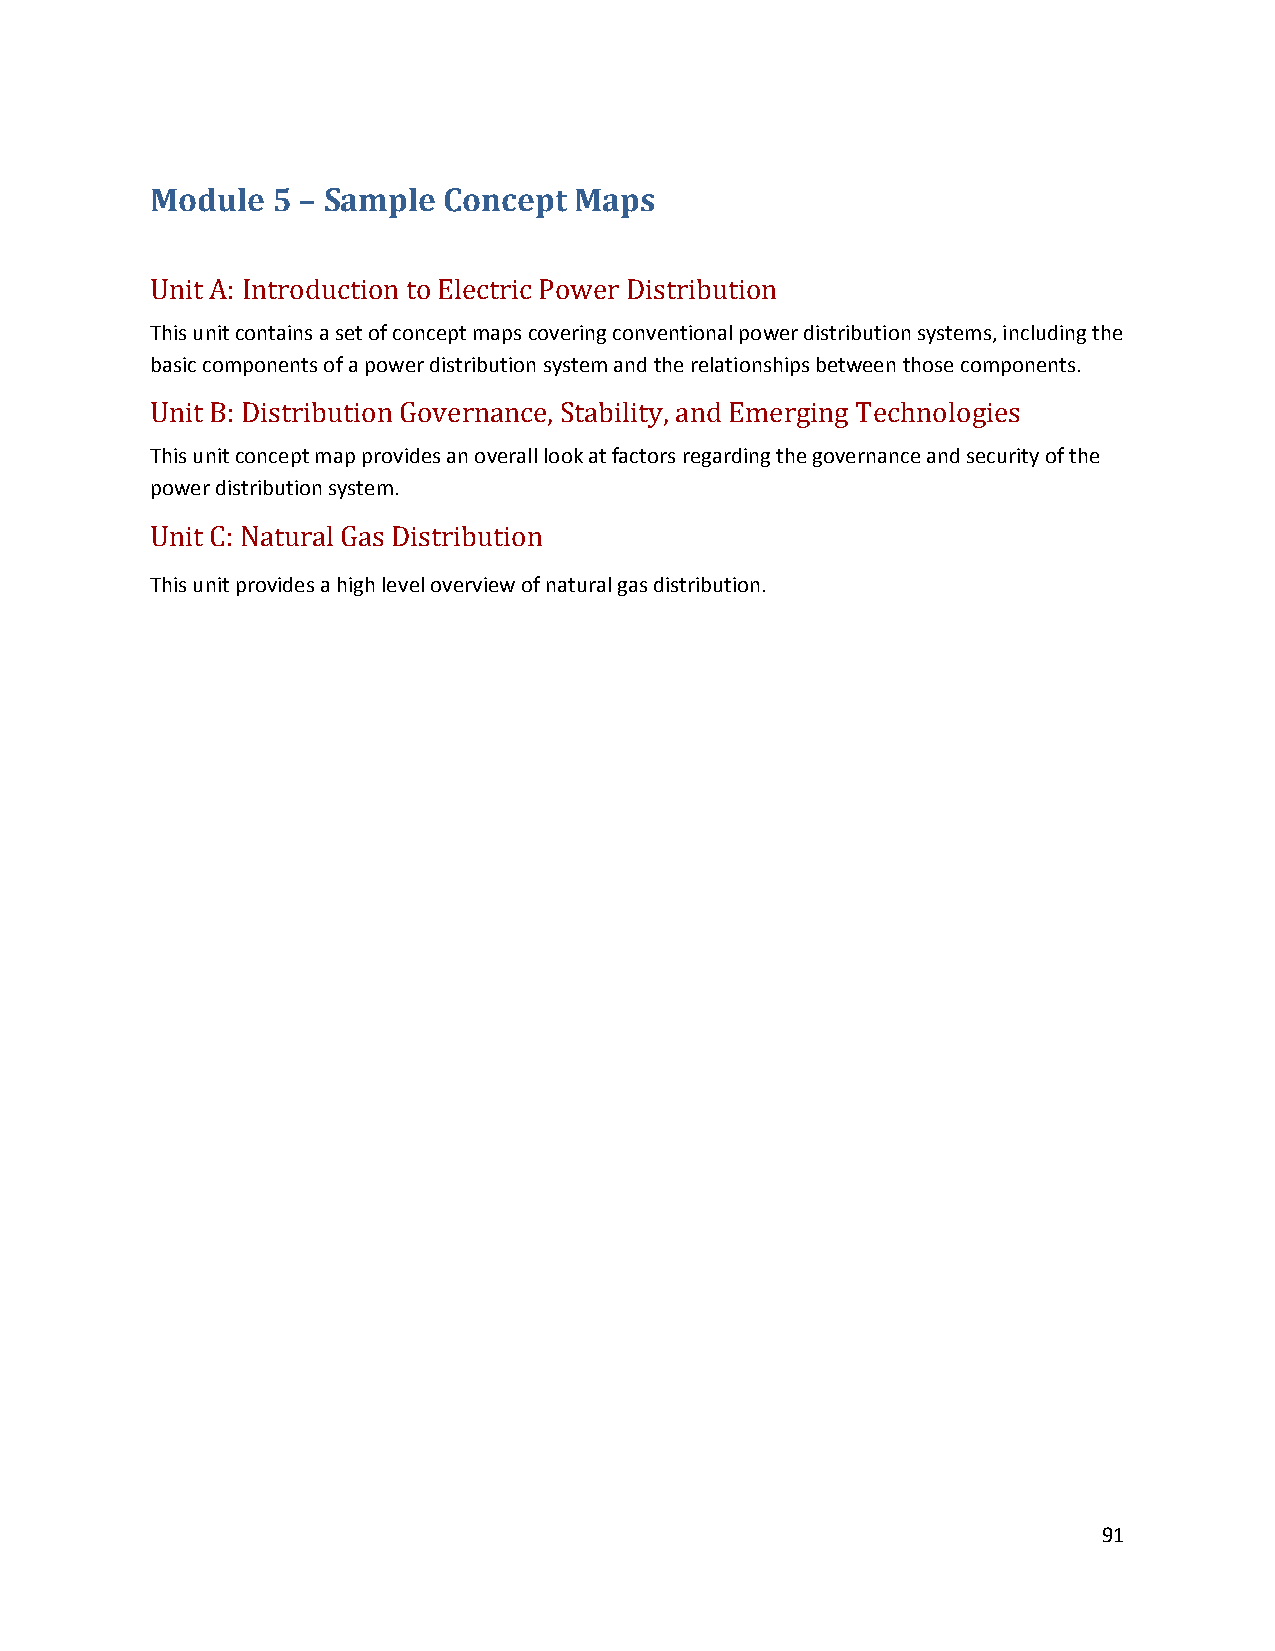
Module  5 – Sample Concept  Maps
 Unit A: Introduction to Electric Power Distribution
 This unit contains a set of concept maps covering conventional power distribution systems, including the
 basic components of a power distribution system and the relationships between those components.
 Unit B: Distribution Governance, Stability, and Emerging Technologies
 This unit concept map provides an overall look at factors regarding the governance and security of the
 power distribution system.
 Unit C: Natural Gas Distribution
 This unit provides a high level overview of natural gas distribution.
 91